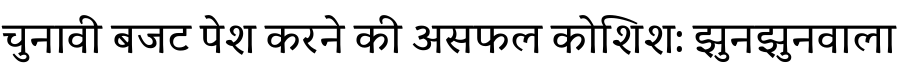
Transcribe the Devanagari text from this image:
चुनावी बजट पेश करने की असफल कोशिश: झुनझुनवाला